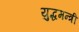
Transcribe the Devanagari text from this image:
युद्धमन्त्री